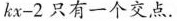
k x - 2$$ 只有一个交点.